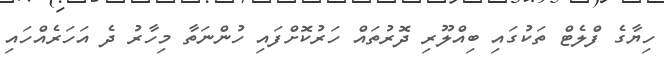
ހިޔާގެ ފްލެޓް ތަކުގައި ބިއްލޫރި ދޮރުތައް ހަރުކޮށްފައި ހުންނަތާ މިހާރު ދެ އަހަރެއްހައި